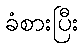
ခံစားပြီး